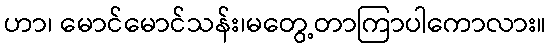
ဟာ၊ မောင်မောင်သန်း၊မတွေ့တာကြာပါကောလား။